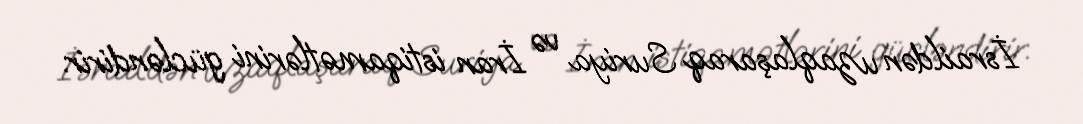
İsraildən uzaqlaşaraq Suriya və İran istiqamətlərini gücləndirir.